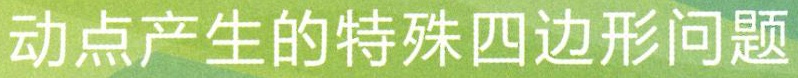
动点产生的特殊四边形问题